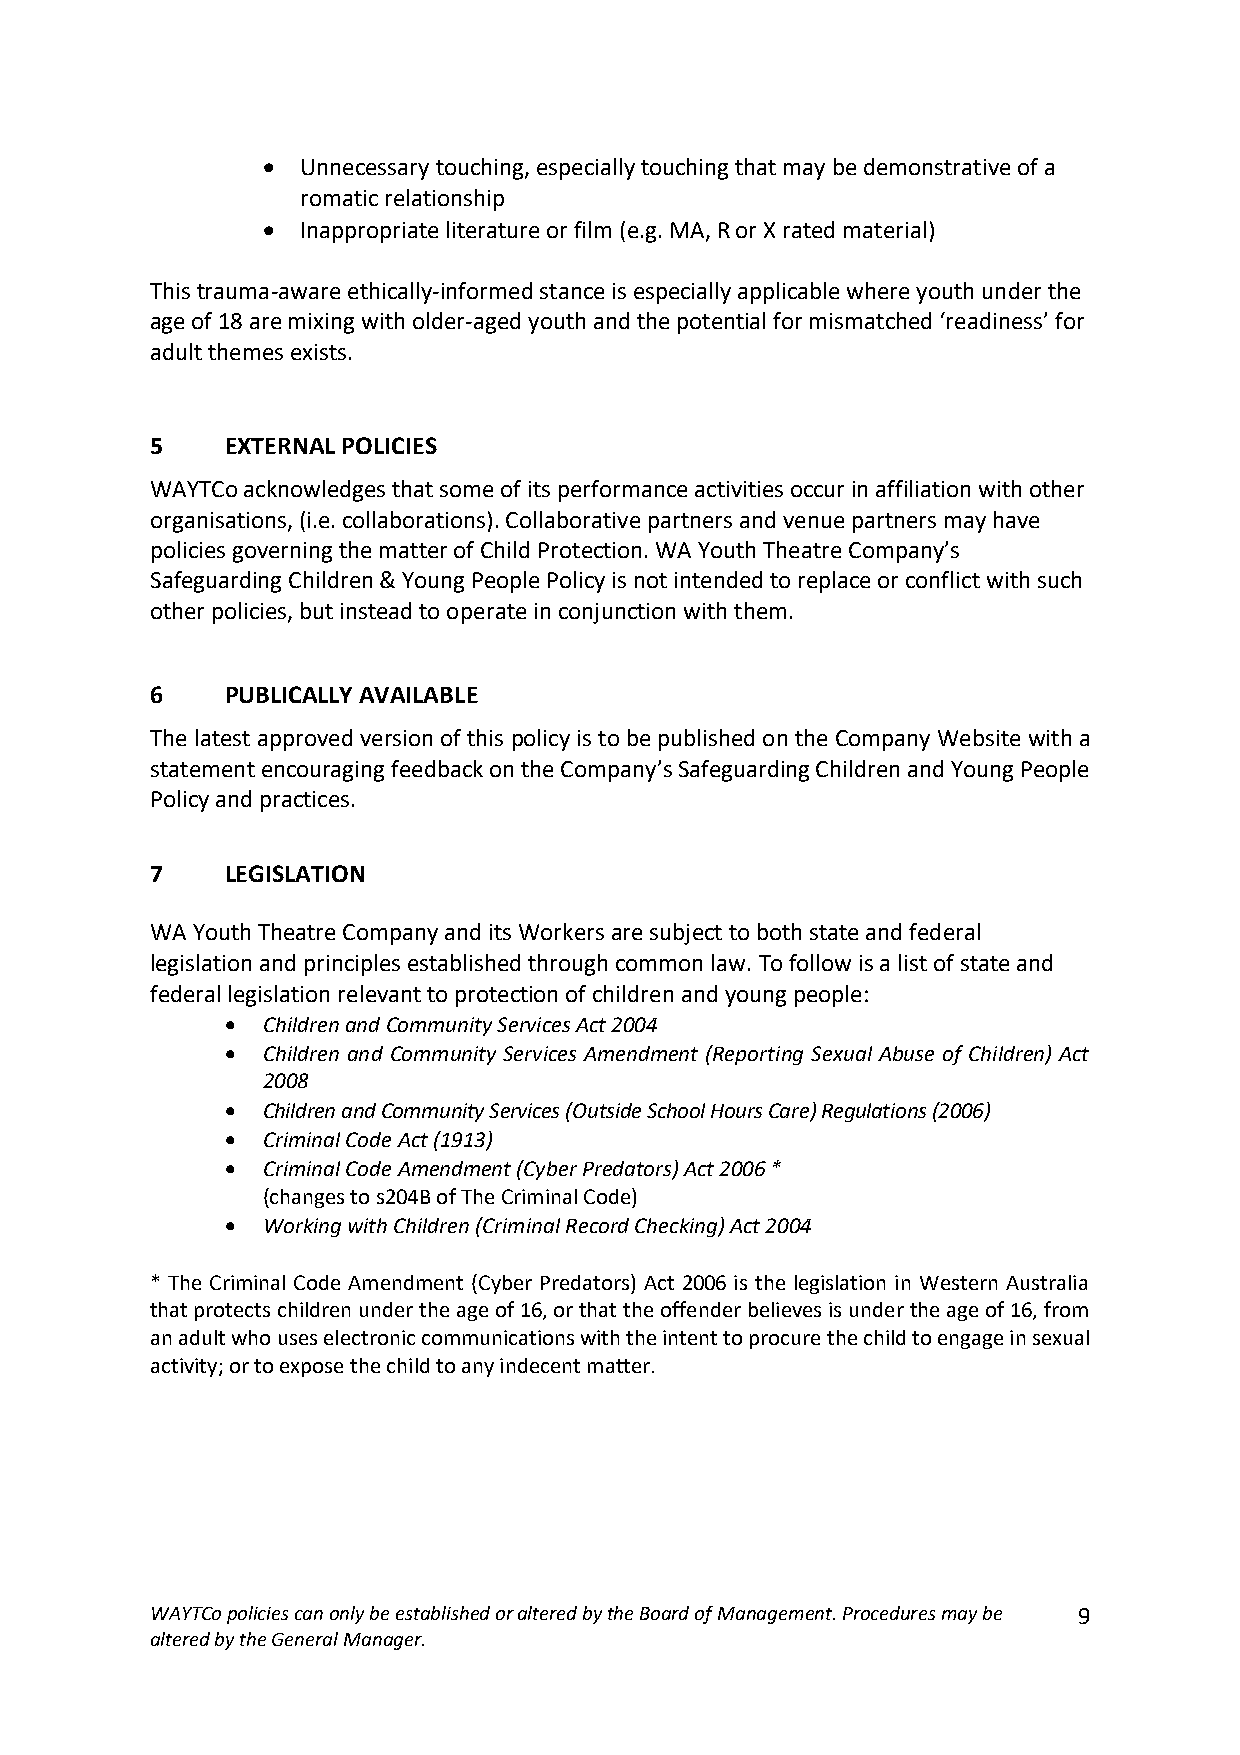
•  Unnecessary touching, especially touching that may be demonstrative of a
 romatic relationship
 •  Inappropriate literature or film (e.g. MA, R or X rated material)
 This trauma-aware ethically-informed stance is especially applicable where youth under the
 age of 18 are mixing with older-aged youth and the potential for mismatched ‘readiness’ for
 adult themes exists.
 5    EXTERNAL POLICIES
 WAYTCo acknowledges that some of its performance activities occur in affiliation with other
 organisations, (i.e. collaborations). Collaborative partners and venue partners may have
 policies governing the matter of Child Protection. WA Youth Theatre Company’s
 Safeguarding Children & Young People Policy is not intended to replace or conflict with such
 other policies, but instead to operate in conjunction with them.
 6    PUBLICALLY AVAILABLE
 The latest approved version of this policy is to be published on the Company Website with a
 statement encouraging feedback on the Company’s Safeguarding Children and Young People
 Policy and practices.
 7    LEGISLATION
 WA Youth Theatre Company and its Workers are subject to both state and federal
 legislation and principles established through common law. To follow is a list of state and
 federal legislation relevant to protection of children and young people:
 • Children and Community Services Act 2004
 • Children and Community Services Amendment (Reporting Sexual Abuse of Children) Act
 2008
 • Children and Community Services (Outside School Hours Care) Regulations (2006)
 • Criminal Code Act (1913)
 • Criminal Code Amendment (Cyber Predators) Act 2006 *
 (changes to s204B of The Criminal Code)
 • Working with Children (Criminal Record Checking) Act 2004
 * The Criminal Code Amendment (Cyber Predators) Act 2006 is the legislation in Western Australia
 that protects children under the age of 16, or that the offender believes is under the age of 16, from
 an adult who uses electronic communications with the intent to procure the child to engage in sexual
 activity; or to expose the child to any indecent matter.
 WAYTCo policies can only be established or altered by the Board of Management. Procedures may be 9
 altered by the General Manager.